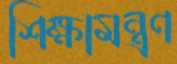
শিক্ষামন্ত্রণ